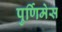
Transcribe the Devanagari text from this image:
पुर्णिमेस